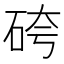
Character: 𥑹